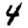
Digit: 4